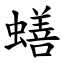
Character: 蟮